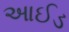
આઈડ